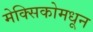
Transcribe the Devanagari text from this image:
मेक्सिकोमधून